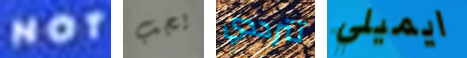
NOT يجب تترددي ايميلي